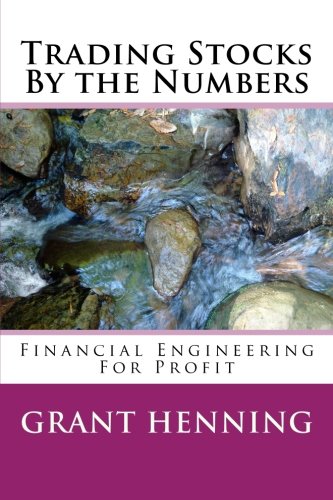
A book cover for Trading Stocks By the Numbers: Financial Engineering For Profit; Grant Henning PhD; Business & Money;